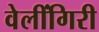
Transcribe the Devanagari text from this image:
वेलींगिरी